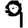
Digit: 9